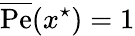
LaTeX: \overline{\mathrm{Pe}}(x^{\star})=1